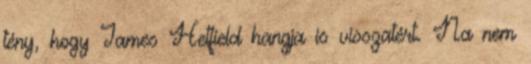
tény, hogy James Hetfield hangja is visszatért. Na nem